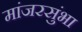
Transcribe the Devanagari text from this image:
मांजरसुंभा